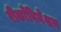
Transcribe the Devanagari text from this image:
रीकाँबिनेशन